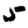
Digit: 5